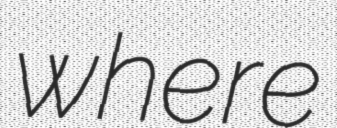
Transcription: where